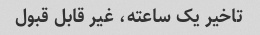
تاخیر یک ساعته، غیر قابل قبول